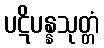
ပဋိပန္နသုတ္တံ